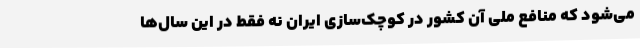
می‌شود که منافع ملی آن کشور در کوچک‌سازی ایران نه فقط در این سال‌ها